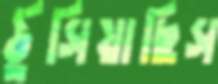
ঠুসিয়াছিস